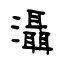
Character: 灄